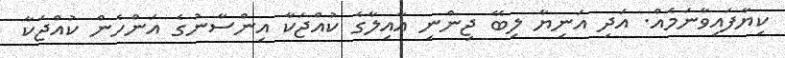
ކިޔާފައިވާނަމެއް. އަދި އަނިޔާ ލިބޭ ޖިންނި އާއިލާގެ ކުއްޖަކާ އިންސާނުގެ އަންހެން ކުއްޖަކާ